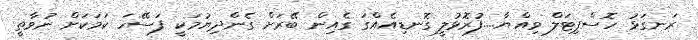
ރަނގަޅު ހޮސްޕިޓަލް ވިއްޔާ....ފުރޮޅުލީ ގޮނޑިއެއްގަ ގެއިން ބޭރަށް ގެންދިޔުމަކީ ފަސޭހަ ކަމަކަށް ނުވާތީ